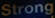
Strong